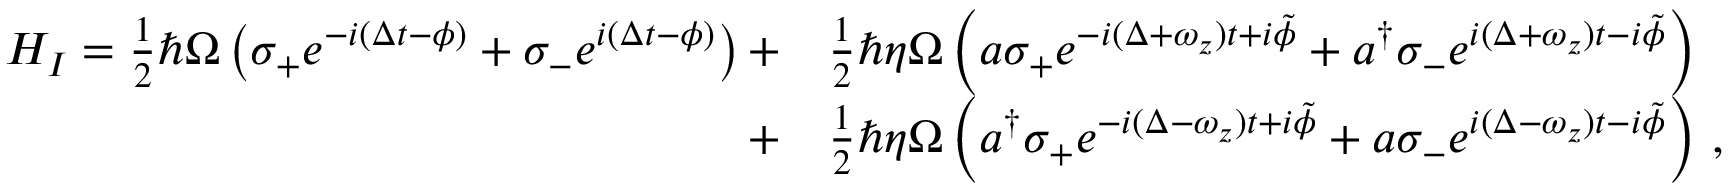
\begin{array} { r l } { H _ { I } = \frac { 1 } { 2 } \hbar \Omega \left( \sigma _ { + } e ^ { - i ( \Delta t - \phi ) } + \sigma _ { - } e ^ { i ( \Delta t - \phi ) } \right) + } & { \frac { 1 } { 2 } \hbar \eta \Omega \left( a \sigma _ { + } e ^ { - i ( \Delta + \omega _ { z } ) t + i \tilde { \phi } } + a ^ { \dagger } \sigma _ { - } e ^ { i ( \Delta + \omega _ { z } ) t - i \tilde { \phi } } \right) } \\ { + } & { \frac { 1 } { 2 } \hbar \eta \Omega \left( a ^ { \dagger } \sigma _ { + } e ^ { - i ( \Delta - \omega _ { z } ) t + i \tilde { \phi } } + a \sigma _ { - } e ^ { i ( \Delta - \omega _ { z } ) t - i \tilde { \phi } } \right) \, , } \end{array}